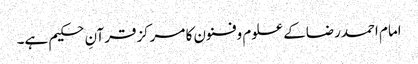
امام احمدرضاکے علوم وفنون کا مرکزقرآنِ حکیم ہے۔